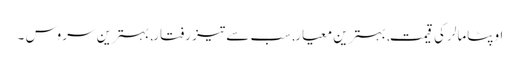
اوپٹامالر کی قیمت, بہترین معیار, سب سے تیز رفتار, بہترین سروس ۔